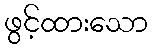
ဖွင့်ထားသော